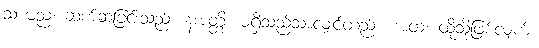
သာမညံ၊ ဆက်ဆံခြင်းသည်။ နအတ္ထိ၊ မရှိသည်သာလျှင်တည်း။ အထ၊ ထိုသို့ဖြစ်လျက်။